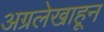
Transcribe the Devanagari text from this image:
अग्रलेखाहून